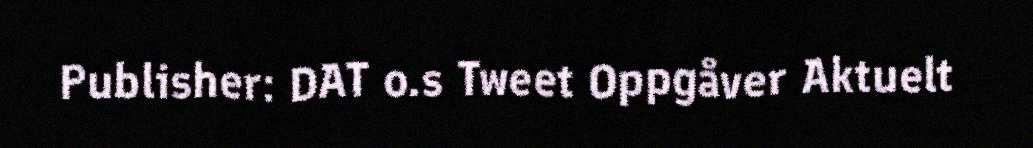
Publisher: DAT o.s Tweet Oppgåver Aktuelt